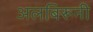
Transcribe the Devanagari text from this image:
अलबिरूनी